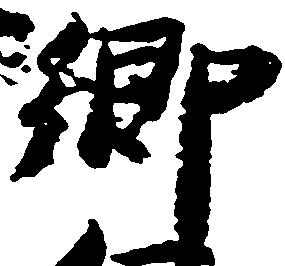
郷